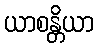
ယာစန္တိယာ